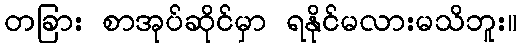
တခြား စာအုပ်ဆိုင်မှာ ရနိုင်မလားမသိဘူး။